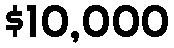
$10,000